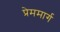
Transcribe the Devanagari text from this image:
प्रेममार्ग